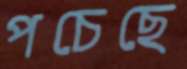
পচেছে